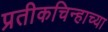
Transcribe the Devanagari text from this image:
प्रतीकचिन्हाच्या